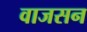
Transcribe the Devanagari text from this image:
वाजसन